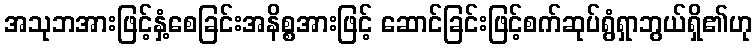
အသုဘအားဖြင့်နှံ့စေခြင်းအနိစ္စအားဖြင့် ဆောင်ခြင်းဖြင့်စက်ဆုပ်ရွံရှာဘွယ်ရှိ၏ဟု